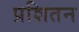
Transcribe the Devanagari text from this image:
प्रशितन